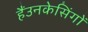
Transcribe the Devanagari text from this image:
हैंउनकेसिंगों